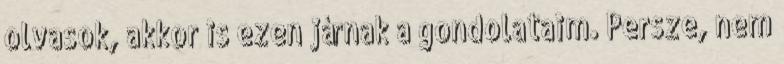
olvasok, akkor is ezen járnak a gondolataim. Persze, nem